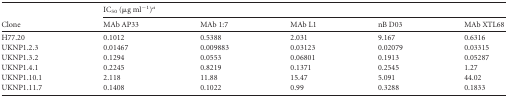
| <ROWSPAN=2> Clone | <COLSPAN=5> IC50 (μg ml−1)a |
 | MAb AP33 | MAb 1:7 | MAb L1 | nB D03 | MAb XTL68 |
 | --- | --- | --- | --- | --- | --- |
 | H77.20 | 0.1012 | 0.5388 | 2.031 | 9.167 | 0.6316 |
 | UKNP1.2.3 | 0.01467 | 0.009883 | 0.03123 | 0.02079 | 0.03315 |
 | UKNP1.3.2 | 0.1294 | 0.0553 | 0.06801 | 0.1913 | 0.05287 |
 | UKNP1.4.1 | 0.2245 | 0.8219 | 0.1371 | 0.2545 | 1.27 |
 | UKNP1.10.1 | 2.118 | 11.88 | 15.47 | 5.091 | 44.02 |
 | UKNP1.11.7 | 0.1408 | 0.1022 | 0.99 | 0.3288 | 0.1833 |